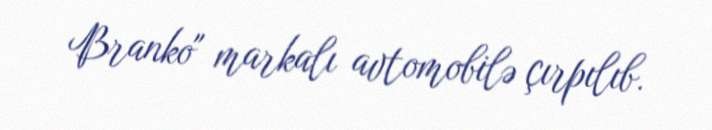
Branko" markalı avtomobilə çırpılıb.